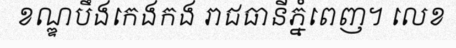
ខណ្ឌបឹងកេងកង រាជធានីភ្នំពេញ។ លេខ